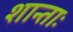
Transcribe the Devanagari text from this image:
शान्ताः